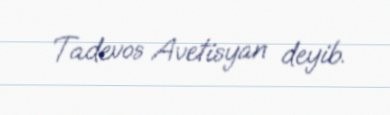
Tadevos Avetisyan deyib.